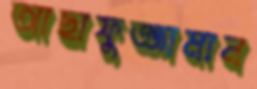
আছাফুজ্জামান